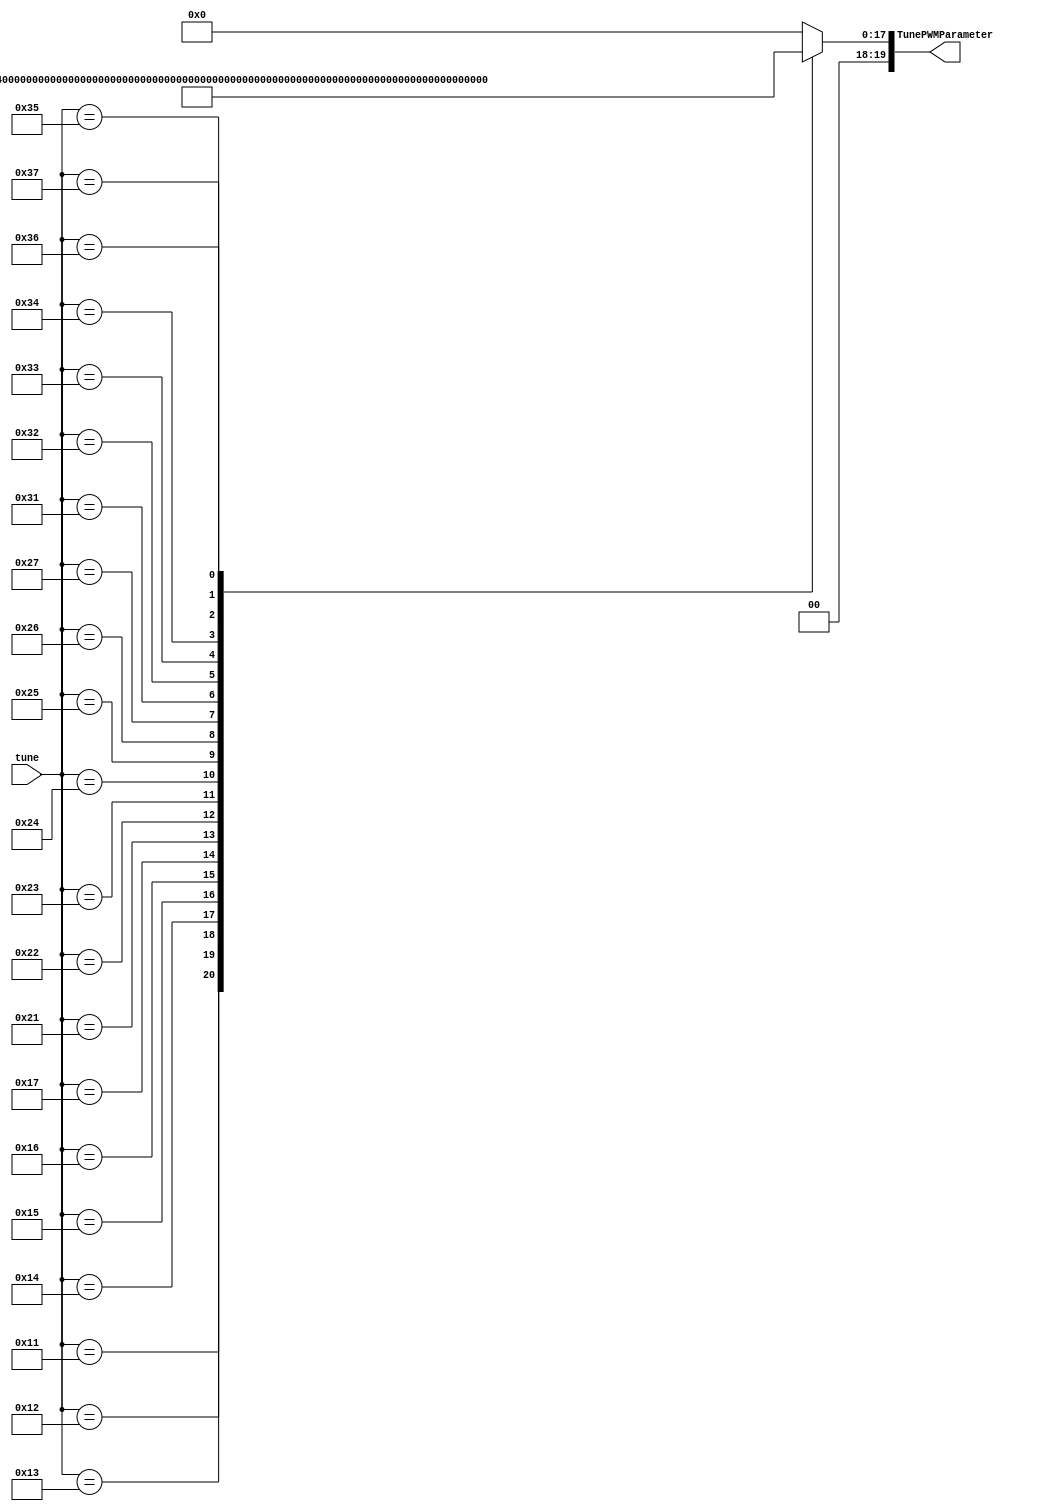
module TuneDecoder(input wire[7:0] tune,
                   output reg[19:0] TunePWMParameter);

    localparam TunePWMParameter_do = 20'h2EA9B;//do 261.6hz
    localparam TunePWMParameter_ri = 20'h29902;//ri 293.7hz
    localparam TunePWMParameter_mi = 20'h25093;//mi 329.6hz
    localparam TunePWMParameter_fa = 20'h22F50;//fa 349.2hz
    localparam TunePWMParameter_so = 20'h1F23F;//so 392hz
    localparam TunePWMParameter_la = 20'h1BBE4;//la 440hz
    localparam TunePWMParameter_xi = 20'h18B73;//xi 493.9hz
    localparam TunePWMParameter_Do = 20'h1753B;//do 523.3hz
    localparam TunePWMParameter_Ri = 20'h14C8F;//ri 587.3hz
    localparam TunePWMParameter_Mi = 20'h1283E;//mi 659.3hz
    localparam TunePWMParameter_Fa = 20'h11B44;//fa 698.5hz
    localparam TunePWMParameter_So = 20'hF920; //so 784hz
    localparam TunePWMParameter_La = 20'hDDF2; //la 880hz
    localparam TunePWMParameter_Xi = 20'hC5BA; //xi 987.8hz
    localparam TunePWMParameter_DO = 20'hBAA2; //do 1046.5hz
    localparam TunePWMParameter_RI = 20'hA644; //ri 1174.7hz
    localparam TunePWMParameter_MI = 20'h9422; //mi 1318.5hz
    localparam TunePWMParameter_FA = 20'h8BD2; //fa 1396.9hz
    localparam TunePWMParameter_SO = 20'h7C90; //so 1568hz
    localparam TunePWMParameter_LA = 20'h6EF9; //la 1760hz
    localparam TunePWMParameter_XI = 20'h62DE; //xi 1975.5hz
    localparam TunePWMParameter_ST = 20'h0; //

    always @(tune) begin
        case (tune)
            8'h11: TunePWMParameter = TunePWMParameter_do;
            8'h12: TunePWMParameter = TunePWMParameter_ri;
            8'h13: TunePWMParameter = TunePWMParameter_mi;
            8'h14: TunePWMParameter = TunePWMParameter_fa;
            8'h15: TunePWMParameter = TunePWMParameter_so;
            8'h16: TunePWMParameter = TunePWMParameter_la;
            8'h17: TunePWMParameter = TunePWMParameter_xi;
            8'h21: TunePWMParameter = TunePWMParameter_Do;
            8'h22: TunePWMParameter = TunePWMParameter_Ri;
            8'h23: TunePWMParameter = TunePWMParameter_Mi;
            8'h24: TunePWMParameter = TunePWMParameter_Fa;
            8'h25: TunePWMParameter = TunePWMParameter_So;
            8'h26: TunePWMParameter = TunePWMParameter_La;
            8'h27: TunePWMParameter = TunePWMParameter_Xi;       
            8'h31: TunePWMParameter = TunePWMParameter_DO;
            8'h32: TunePWMParameter = TunePWMParameter_RI;
            8'h33: TunePWMParameter = TunePWMParameter_MI;
            8'h34: TunePWMParameter = TunePWMParameter_FA;
            8'h35: TunePWMParameter = TunePWMParameter_SO;
            8'h36: TunePWMParameter = TunePWMParameter_LA;
            8'h37: TunePWMParameter = TunePWMParameter_XI;
            8'h40: TunePWMParameter = TunePWMParameter_ST;
            default:TunePWMParameter = 20'd0; 
        endcase 
    end

endmodule